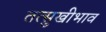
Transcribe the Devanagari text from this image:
तत्सुखीभाव